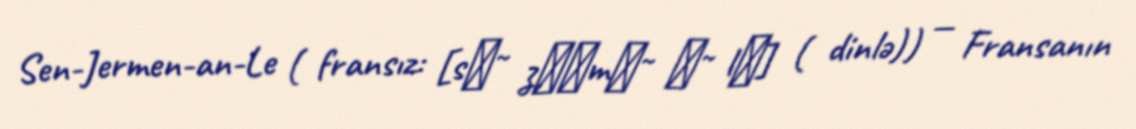
Sen-Jermen-an-Le ( fransız: [sɛ̃ ʒɛʁmɛ̃ ɑ̃ lɛ] ( dinlə)) — Fransanın